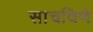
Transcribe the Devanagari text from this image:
साचविणे